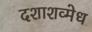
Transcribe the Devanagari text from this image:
दशाशव्मेध